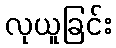
လုယူခြင်း